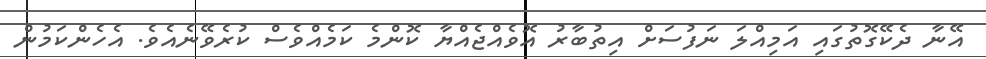
އޭނާ ދެކޭގޮތުގައި އަމިއްލަ ނަފުސަށް އިތުބާރު އޮވެއްޖެއްޔާ ކޮންމެ ކަމެއްވެސް ކުރެވޭނެއެވެ. އެހެންކަމުން